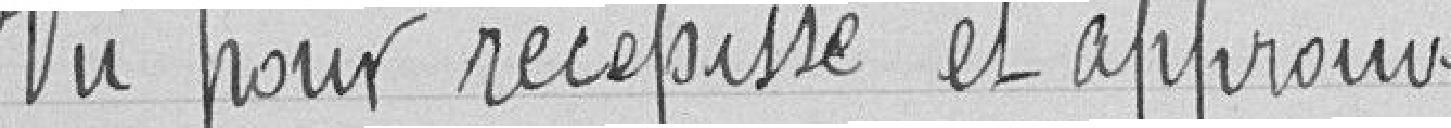
Vu pour récépissé et approuvé